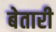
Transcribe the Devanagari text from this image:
बेतारी